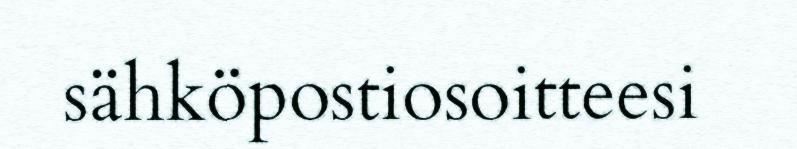
sähköpostiosoitteesi